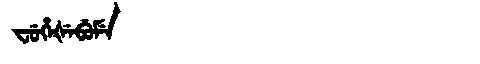
Manchu: ᠸᡠᡥᡝᡧᡝᠪᡠᠮᡝ
Romanization: FUHEŠEBUME